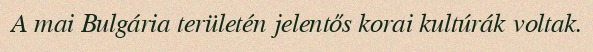
A mai Bulgária területén jelentős korai kultúrák voltak.